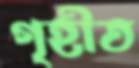
গৃহীত